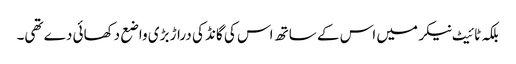
بلکہ ٹائیٹ نیکر میں اس کے ساتھ اس کی گانڈ کی دراڑ بڑی واضع دکھائی دے تھی۔